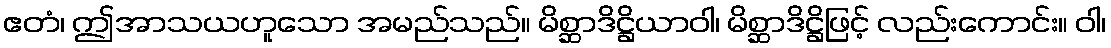
ဧတံ၊ ဤအာသယဟူသော အမည်သည်။ မိစ္ဆာဒိဋ္ဌိယာဝါ၊ မိစ္ဆာဒိဋ္ဌိဖြင့် လည်းကောင်း။ ဝါ၊